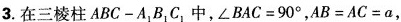
3.在三棱柱ABC-A_{1}B_{1}C_{1},中，$$\angle BAC=90^{\circ}$$，$$AB=AC=a$$，